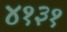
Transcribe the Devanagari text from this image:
४१३१